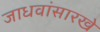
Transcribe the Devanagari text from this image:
जाधवांसारखे